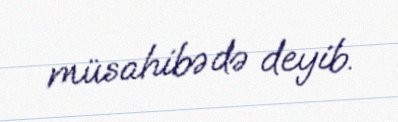
müsahibədə deyib.